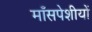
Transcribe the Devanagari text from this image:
माँसपेशीयों